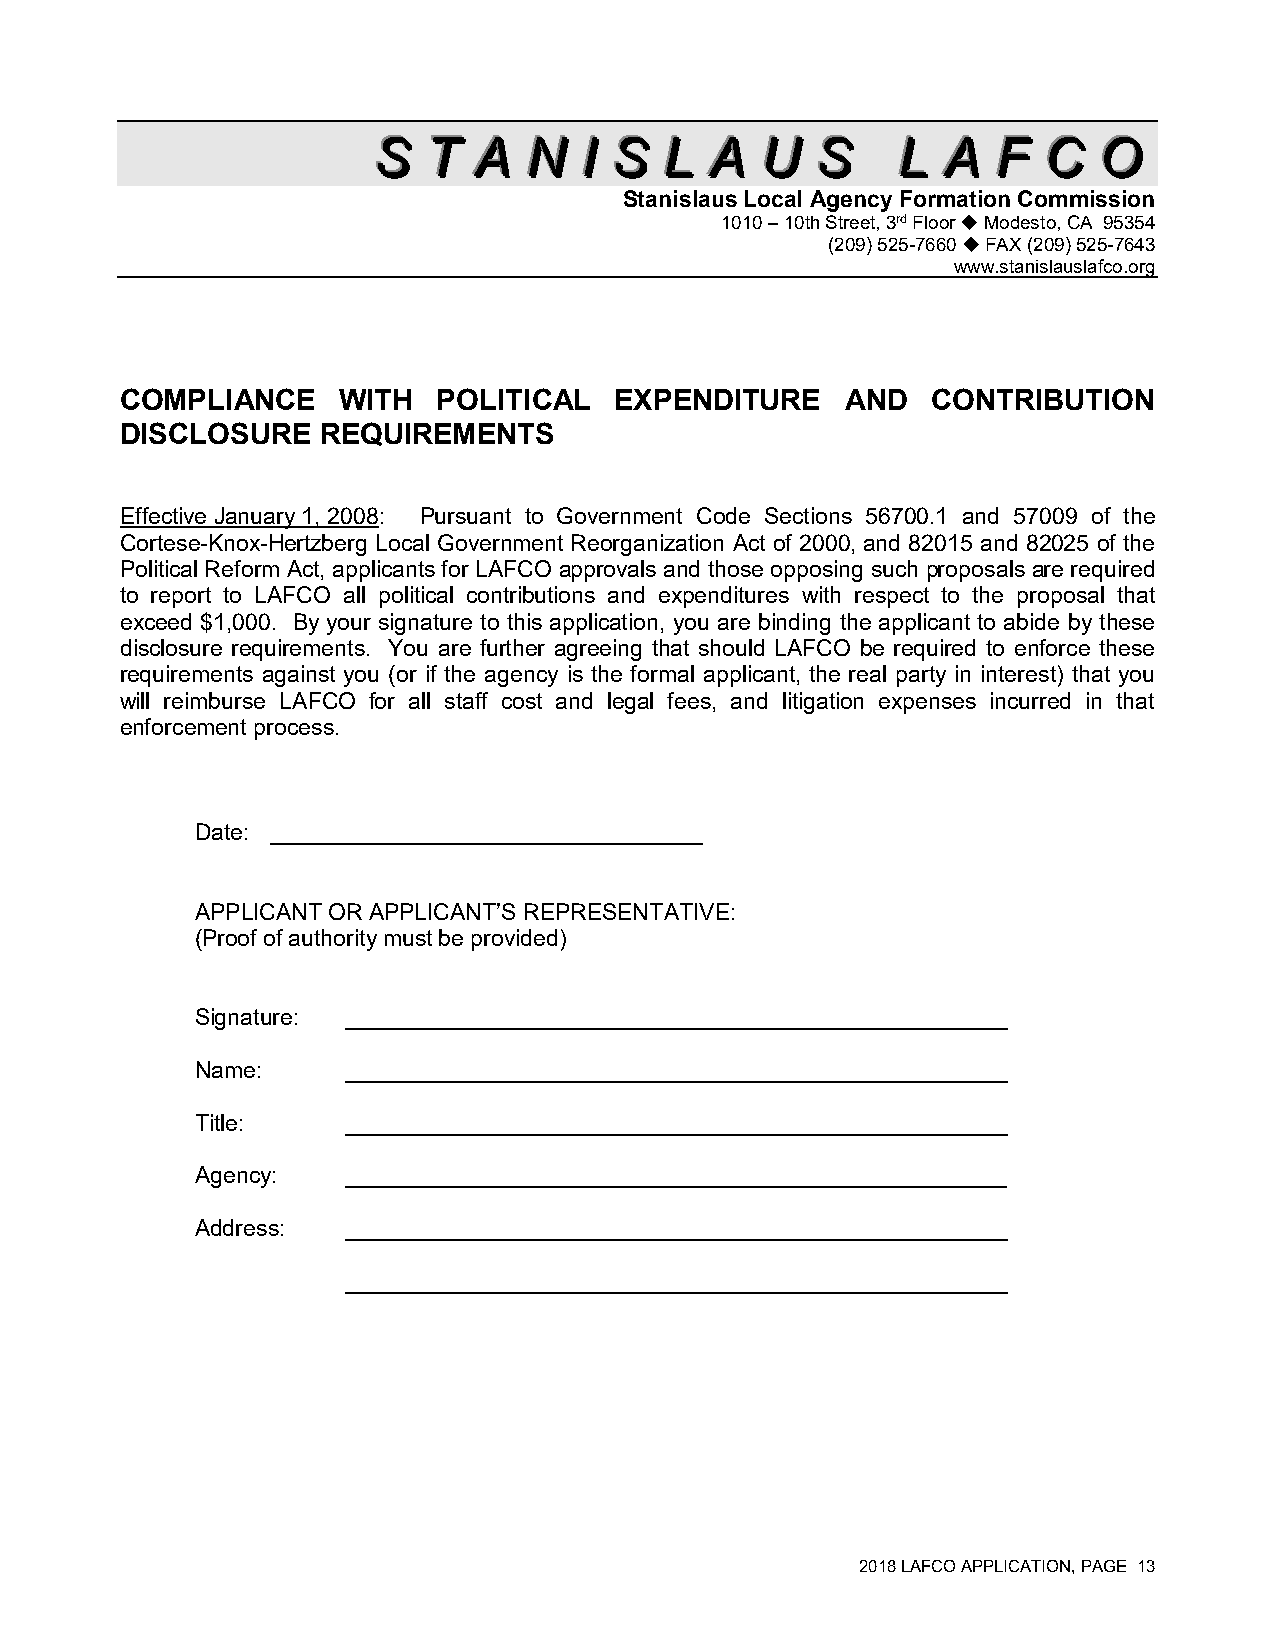
SSS TTT AAA NNN III SSS LLL AAA UUU SSS LLL AAA FFF CCC OOO
 Stanislaus Local Agency Formation Commission
 1010 – 10th Street, 3rd Floor  Modesto, CA 95354
 (209) 525-7660  FAX (209) 525-7643
 www.stanislauslafco.org
 COMPLIANCE    WITH   POLITICAL   EXPENDITURE    AND   CONTRIBUTION
 DISCLOSURE   REQUIREMENTS
 Effective January 1, 2008: Pursuant to Government Code Sections 56700.1 and 57009 of the
 Cortese-Knox-Hertzberg Local Government Reorganization Act of 2000, and 82015 and 82025 of the
 Political Reform Act, applicants for LAFCO approvals and those opposing such proposals are required
 to report to LAFCO all political contributions and expenditures with respect to the proposal that
 exceed $1,000. By your signature to this application, you are binding the applicant to abide by these
 disclosure requirements. You are further agreeing that should LAFCO be required to enforce these
 requirements against you (or if the agency is the formal applicant, the real party in interest) that you
 will reimburse LAFCO for all staff cost and legal fees, and litigation expenses incurred in that
 enforcement process.
 Date: __________________________________
 APPLICANT OR APPLICANT’S REPRESENTATIVE:
 (Proof of authority must be provided)
 Signature: ____________________________________________________
 Name:     ____________________________________________________
 Title:    ____________________________________________________
 Agency:   ____________________________________________________
 Address:  ____________________________________________________
 ____________________________________________________
 2018 LAFCO APPLICATION, PAGE 13